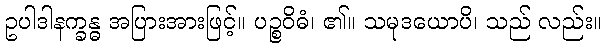
ဥပါဒါနက္ခန္ဓ အပြားအားဖြင့်။ ပဉ္စဝိဓံ၊ ၏။ သမုဒယောပိ၊ သည် လည်း။